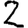
Digit: 2